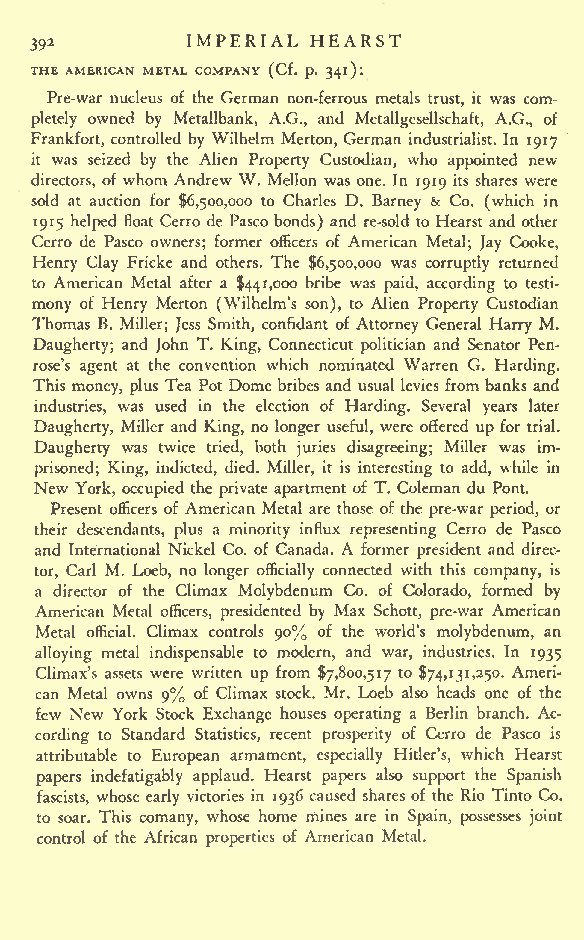
IMPERIAL HEARST
 392
 THE AMERICAN METAL COMPANY (Cf. p. 341):
 Pre-war nucleus of the German non-ferrous metals trust, it was com-
 pletely owned by Metallbank, A.G., and Metallgesellschaft, A.G., of
 Frankfort, controlled by Wilhelm Merton, German industrialist. In 1917
 it was seized by the Alien Property Custodian, who appointed new
 directors, of whom Andrew W. Mellon was one. In 1919 its shares were
 sold at auction for $6,500,000 to Charles D. Barney & Co. (which in
 1915 helped float Cerro de Pasco bonds) and re-sold to Hearst and other
 Cerro de Pasco owners; former officers of American Metal; Jay Cooke,
 Henry Clay Fricke and others. The $6,500,000 was corruptly returned
 to American Metal after a $441,000 bribe was paid, according to testi-
 mony of Henry Merton (Wilhelm's son), to Alien Property Custodian
 Thomas B. Miller; Jess Smith, confidant of Attorney General Harry M.
 Daugherty; and John T. King, Connecticut politician and Senator Pen-
 rose's agent at the convention which nominated Warren G. Harding.
 This money, plus Tea Pot Dome bribes and usual levies frombanks and
 industries, was used in the election of Harding. Several years later
 Daugherty, Miller and King, no longer useful, were offered up for trial.
 Daugherty was twice tried, both juries disagreeing; Miller was im-
 prisoned; King, indicted, died. Miller, it is interesting to add, while in
 New York, occupied the private apartment of T. Coleman du Pont.
 Present officers of American Metal are those of the pre-war period, or
 their descendants, plus a minority influx representing Cerro de Pasco
 and International Nickel Co. of Canada. A former president and direc-
 tor, Carl M. Loeb, no longer officially connected with this company, is
 a director of the Climax Molybdenum Co. of Colorado, formed by
 American Metal officers, presidented by Max Schott, pre-war American
 Metal official. Climax controls 90% of the world's molybdenum, an
 alloying metal indispensable to modern, and war, industries. In 1935
 Climax's assets were written up from $7,800,517 to $74,131,250. Ameri-
 can Metal owns 9% of Climax stock. Mr. Loeb also heads one of the
 few New York Stock Exchange houses operating a Berlin branch. Ac-
 cording to Standard Statistics, recent prosperity of Cerro de Pasco is
 attributable to European armament, especially Hitler's, which Hearst
 papers indefatigably applaud. Hearst papers also support the Spanish
 fascists, whose early victories in 1936 caused shares of the Rio Tinto Co.
 to soar. This comany, whose home mines are in Spain, possesses joint
 control of the African properties of American Metal.